Source: Handwritten
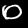
Digit: ၀ (0)